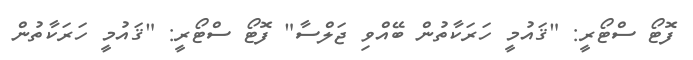
ފޮޓޯ ސްޓޯރީ: "ޤައުމީ ހަރަކާތުން ބޭއްވި ޖަލްސާ" ފޮޓޯ ސްޓޯރީ: "ޤައުމީ ހަރަކާތުން